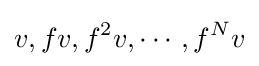
v,fv,f^{2}v,\cdots ,f^{N}v